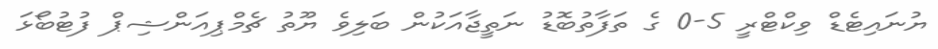
ޔުނައިޓެޑް ވިކްޓްރީ 5-0 ގެ ތަފާތުބޮޑު ނަތީޖާއަކުން ބަލިވެ ޔޫތު ޗެމްޕިއަންޝިޕް ފުޓުބޯޅަ